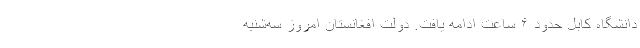
دانشگاه کابل حدود ۶ ساعت ادامه یافت. دولت افغانستان امروز سه‌شنبه